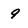
Character: 9